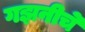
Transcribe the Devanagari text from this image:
गझनीचे